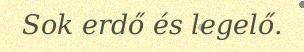
Sok erdő és legelő.